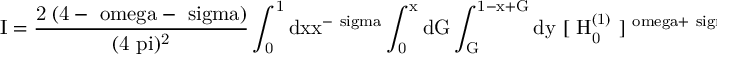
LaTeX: \mathrm { I = \frac { 2 \Gamma ( 4 - \ o m e g a - \ s i g m a ) } { ( 4 \ p i ) ^ { 2 } } \int _ { 0 } ^ { 1 } d x x ^ { - \ s i g m a } \int _ { 0 } ^ { x } d G \int _ { G } ^ { 1 - x + G } d y ~ [ ~ H _ { 0 } ^ { ( 1 ) } ~ ] ^ { \ o m e g a + \ s i g m a - 4 } + F . T . }